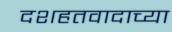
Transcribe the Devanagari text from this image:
दशहतवादाच्या